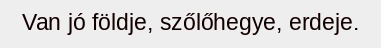
Van jó földje, szőlőhegye, erdeje.